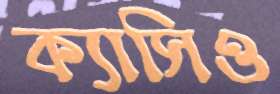
ক্যাসিও